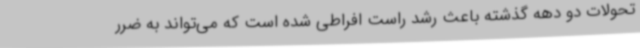
تحولات دو دهه گذشته باعث رشد راست افراطی شده است که می‌تواند به ضرر